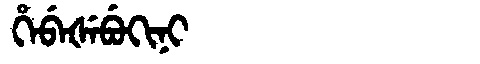
Manchu: ᡥᡝᠪᡝᡧᡝᠪᡠᡴᡳᠨᡳ
Romanization: HEBEŠEBUKINI